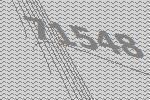
71548